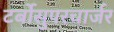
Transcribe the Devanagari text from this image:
टर्बोसुपरचार्जर